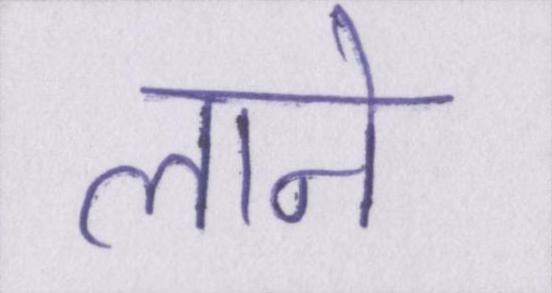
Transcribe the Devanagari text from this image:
लाने